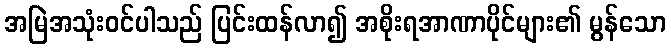
အမြဲအသုံးဝင်ပါသည် ပြင်းထန်လာ၍ အစိုးရအာဏာပိုင်များ၏ မွန်သော